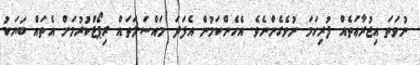
ނުވަތަ އިިޖުރާޢަތެއް ފުރިހަމަ ނުވެގެންނެވެ. އެހެންކަމުން އެފަދަ މައްސަލަތައް ރިޕޯޓްކުރުމަށް އެތައް ބަޔަކު